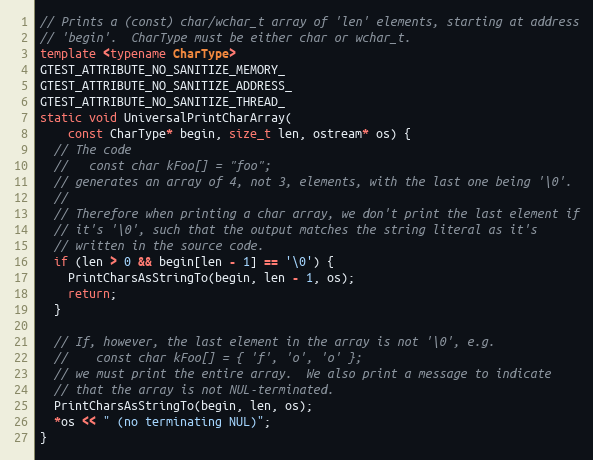
Language: C++
// Prints a (const) char/wchar_t array of 'len' elements, starting at address
// 'begin'.  CharType must be either char or wchar_t.
template <typename CharType>
GTEST_ATTRIBUTE_NO_SANITIZE_MEMORY_
GTEST_ATTRIBUTE_NO_SANITIZE_ADDRESS_
GTEST_ATTRIBUTE_NO_SANITIZE_THREAD_
static void UniversalPrintCharArray(
    const CharType* begin, size_t len, ostream* os) {
  // The code
  //   const char kFoo[] = "foo";
  // generates an array of 4, not 3, elements, with the last one being '\0'.
  //
  // Therefore when printing a char array, we don't print the last element if
  // it's '\0', such that the output matches the string literal as it's
  // written in the source code.
  if (len > 0 && begin[len - 1] == '\0') {
    PrintCharsAsStringTo(begin, len - 1, os);
    return;
  }

  // If, however, the last element in the array is not '\0', e.g.
  //    const char kFoo[] = { 'f', 'o', 'o' };
  // we must print the entire array.  We also print a message to indicate
  // that the array is not NUL-terminated.
  PrintCharsAsStringTo(begin, len, os);
  *os << " (no terminating NUL)";
}